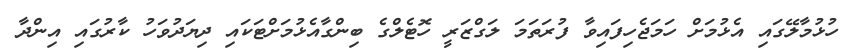
ހުޅުމާލޭގައި އެޅުމަށް ހަމަޖެހިފައިވާ ފުރަތަމަ ލަގްޒަރީ ހޮޓެލްގެ ބިންގާއެޅުމަށްޓަކައި ދިޔަދުވަހު ކާރުގައި އިންދާ